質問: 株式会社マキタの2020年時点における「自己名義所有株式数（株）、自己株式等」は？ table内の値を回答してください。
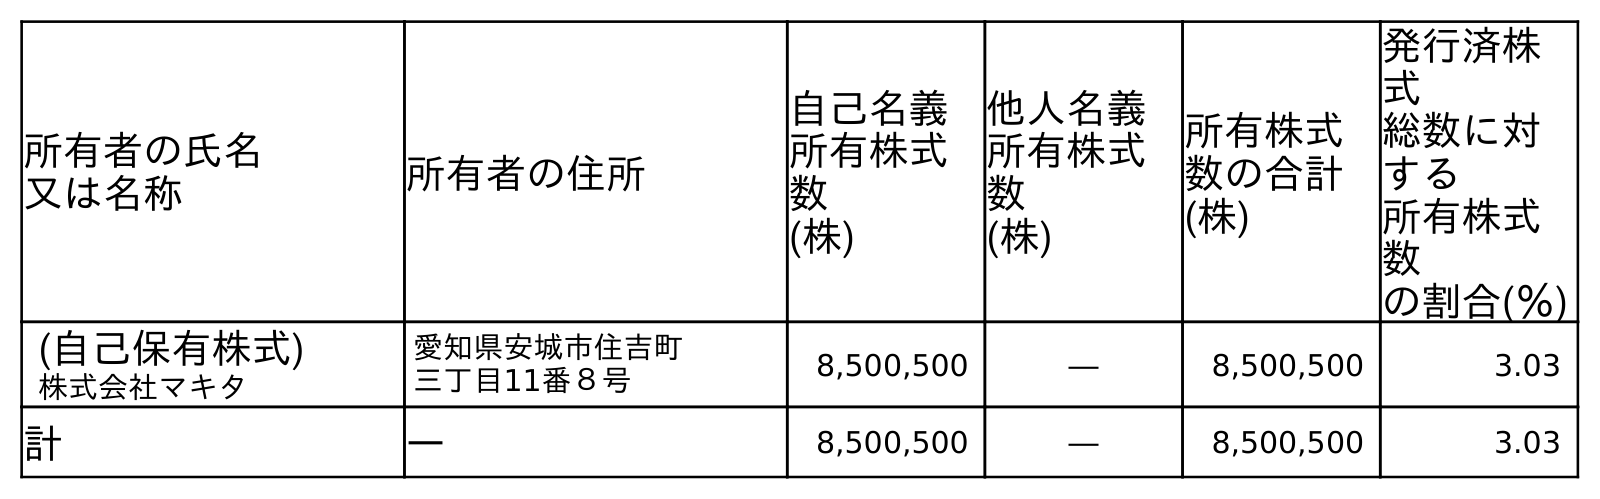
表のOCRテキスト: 所有者の氏名 又は名称 所有者の住所 自己名義 所有株式 数 (株) 他人名義 所有株式 数 (株) 所有株式 数の合計 (株) 発行済株 式 総数に対 する 所有株式 数 の割合(％) (自己保有株式) 株式会社マキタ 愛知県安城市住吉町 三丁目11番８号 8,500,500 ― 8,500,500 3.03 計 ― 8,500,500 ― 8,500,500 3.03
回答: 8,500,500